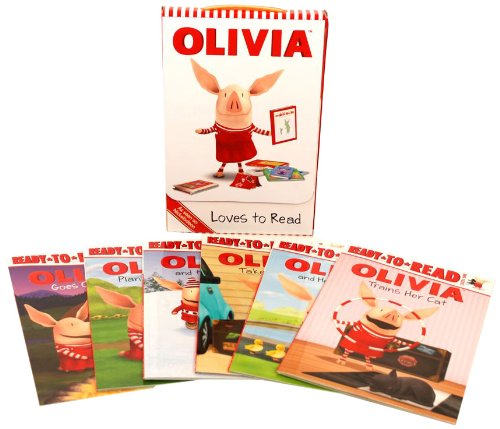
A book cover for OLIVIA Loves to Read: Olivia Trains Her Cat; Olivia and Her Ducklings; Olivia Takes a Trip; Olivia and the Snow Day; Olivia Plants a Garden; Olivia Goes Camping (Olivia TV Tie-in); Various; Children's Books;